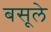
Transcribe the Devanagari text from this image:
बसूले